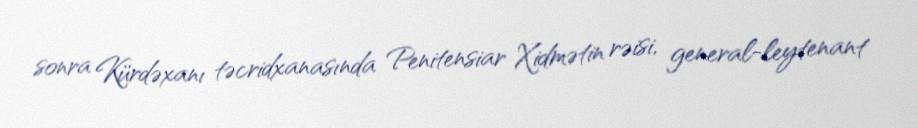
sonra Kürdəxanı təcridxanasında Penitensiar Xidmətin rəisi, general-leytenant